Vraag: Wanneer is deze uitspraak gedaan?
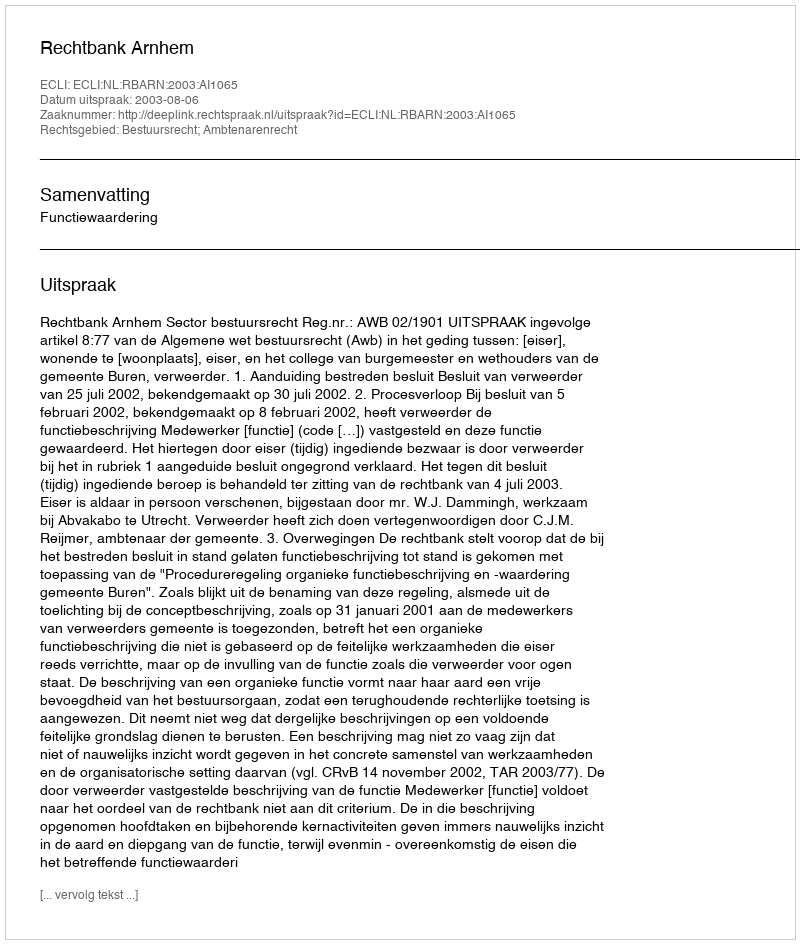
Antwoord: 2003-08-06